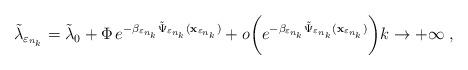
LaTeX: \begin{align*}\tilde{\lambda}_{\varepsilon_{n_k}} = \tilde{\lambda}_0 + \Phi \, e^{-\beta_{\varepsilon_{n_k}} \tilde{\Psi}_{\varepsilon_{n_k}}(\mathbf{x}_{\varepsilon_{n_k}})} + o\biggl(e^{-\beta_{\varepsilon_{n_k}} \tilde{\Psi}_{\varepsilon_{n_k}}(\mathbf{x}_{\varepsilon_{n_k}})} \biggr) k \to +\infty \; ,\end{align*}